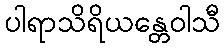
ပါရာသိရိယန္တေဝါသီ